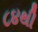
૮૪થી